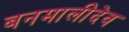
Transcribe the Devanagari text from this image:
बनमालीदेव